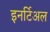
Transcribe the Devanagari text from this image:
इनर्टिअल